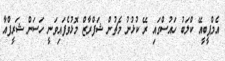
އެމްޕީބީއޭ ކްލަބު ހައުސްގަައި ރޭ ކުޅުނު މެޗުން ޝަފްރާޒް މޮޅުވެފައިވަނީ ހަސަން ޝަރީފްއާ